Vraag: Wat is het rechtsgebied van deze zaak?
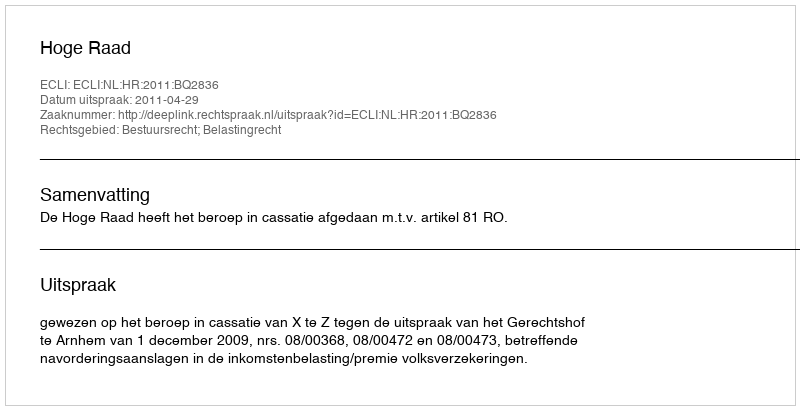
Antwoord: Bestuursrecht; Belastingrecht